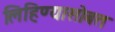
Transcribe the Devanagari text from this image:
लिहिण्यासोबत